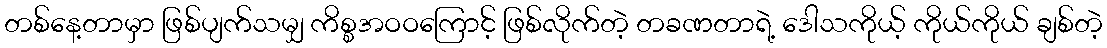
တစ်နေ့တာမှာ ဖြစ်ပျက်သမျှ ကိစ္စအဝဝကြောင့် ဖြစ်လိုက်တဲ့ တခဏတာရဲ့ ဒေါသကိုယ့် ကိုယ်ကိုယ် ချစ်တဲ့